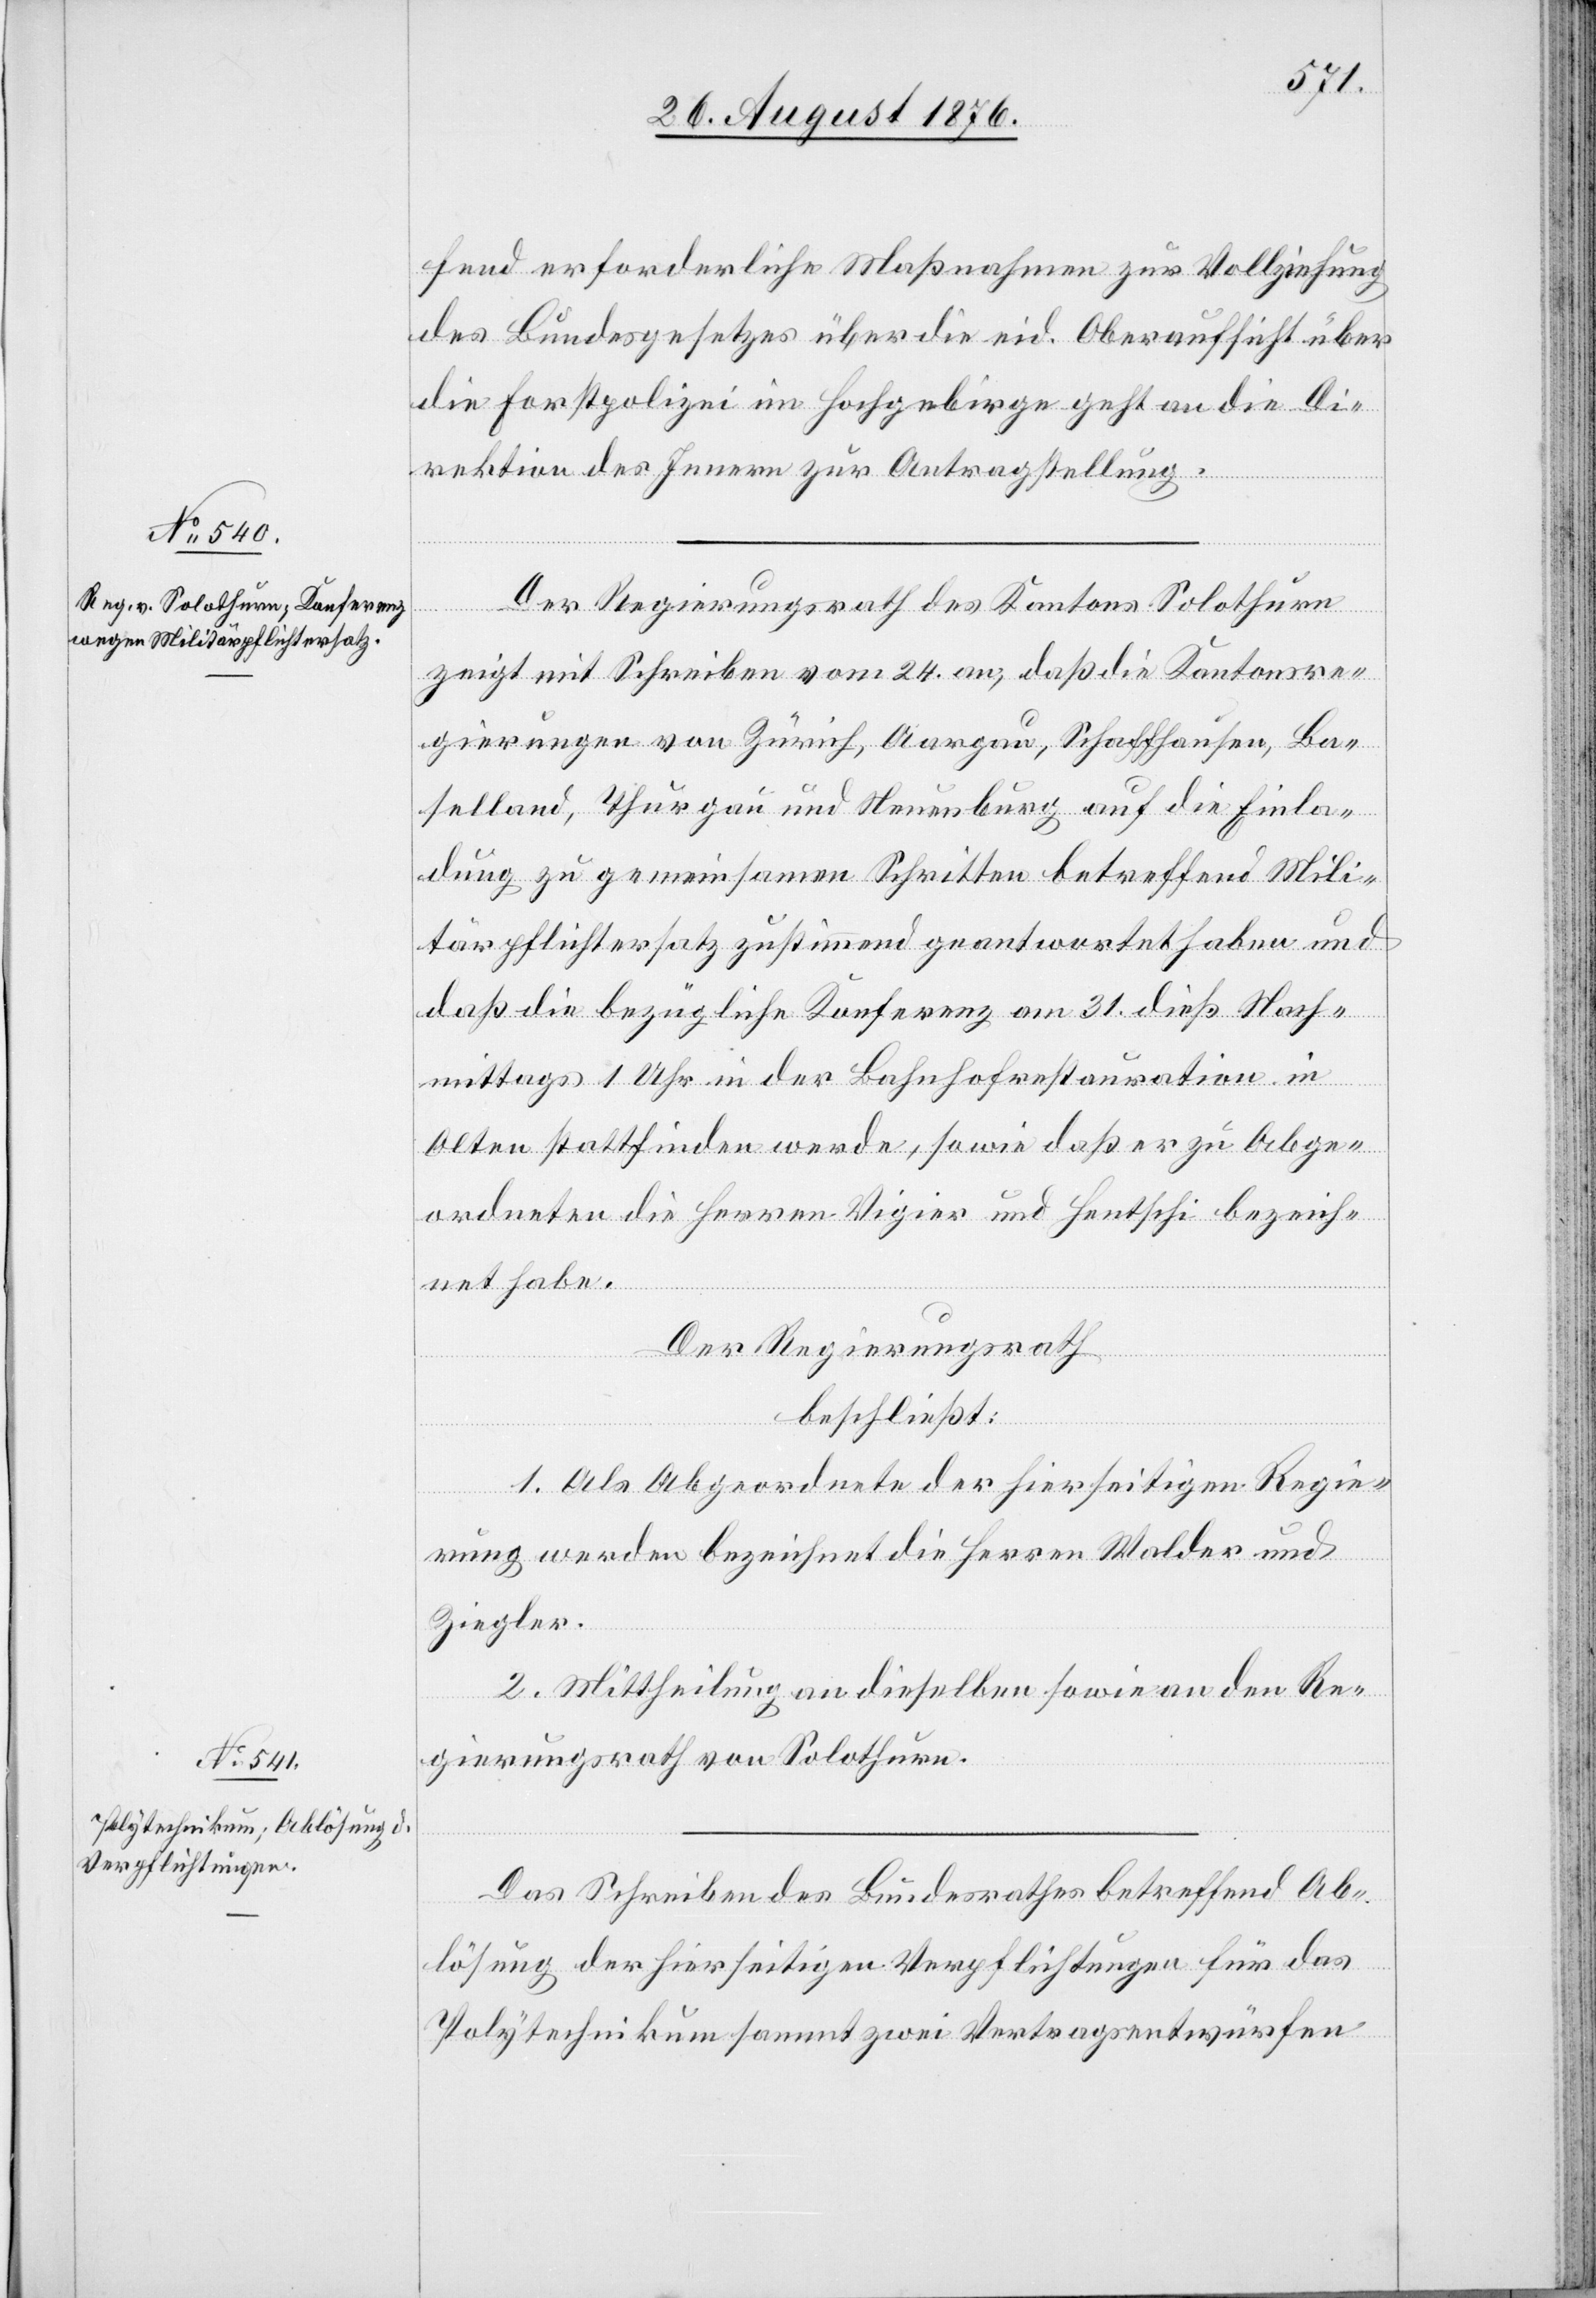
fend erforderliche Maßnahmen zur Vollziehung
des Bundesgesetzes über die eid. Oberaufsicht über
die Forstpolizei im Hochgebirge geht an die Di¬
rektion des Innern zur Antragstellung.
Der Regierungsrath des Kantons Solothurn
zeigt mit Schreiben vom 24. an, daß die Kantonsre¬
gierungen von Zürich, Aargau, Schaffhausen, Ba¬
selland, Thurgau und Neuenburg auf die Einla¬
dung zu gemeinsamen Schritten betreffend Mili¬
tärpflichtersatz zustimmend geantwortet haben und
daß die bezügliche Konferenz am 31. dieß Nach¬
mittags 1 Uhr in der Bahnhofrestauration in
Olten stattfinden werde, sowie daß er zu Abge¬
ordneten die Herren Vigier und Hentschi bezeich¬
net habe.
Der Regierungsrath
beschließt:
1. Als Abgeordnete der hierseitigen Regie¬
rung werden bezeichnet die Herren Walder und
Ziegler.
2. Mittheilung an dieselben sowie an den Re¬
gierungsrath von Solothurn.
Das Schreiben des Bundesrathes betreffend Ab¬
lösung der hierseitigen Verpflichtungen für das
Polytechnikum sammt zwei Vertragsentwürfen